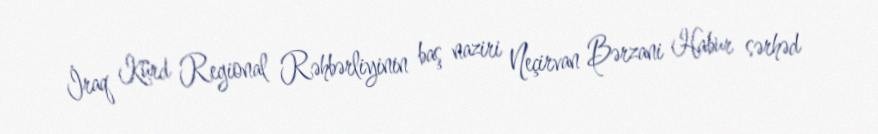
İraq Kürd Regional Rəhbərliyinin baş naziri Neçirvan Bərzani Habur sərhəd